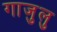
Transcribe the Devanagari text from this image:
गाजुलु